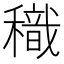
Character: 𥢧